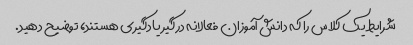
شرایط یک کلاس را که دانش آموزان فعالانه درگیر یادگیری هستند، توضیح دهید.